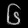
Digit: ၆